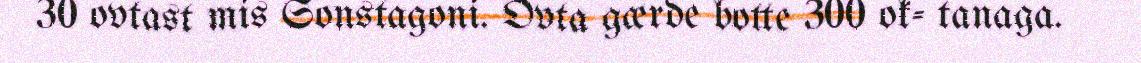
30 ovtast mis Sonstagoni. Ovta gærde botte 300 ok- tanaga.